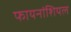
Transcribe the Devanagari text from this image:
फायनांशियल